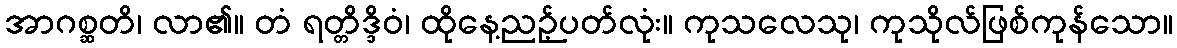
အာဂစ္ဆတိ၊ လာ၏။ တံ ရတ္တိဒ္ဒိဝံ၊ ထိုနေ့ညဉ့်ပတ်လုံး။ ကုသလေသု၊ ကုသိုလ်ဖြစ်ကုန်သော။